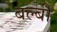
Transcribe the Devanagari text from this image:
बल्बी